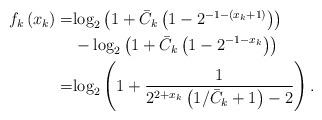
LaTeX: \begin{align*}\begin{aligned} {f_k}\left( {{x_k}} \right) = &{\log _2}\left({{1 + {{\bar C}_k}\left( {1 - {2^{ - 1 - \left( {{x_k} + 1} \right)}}} \right)}}\right) \\ &- {\log _2}\left({{1 + {{\bar C}_k}\left( {1 - {2^{ - 1 - {x_k}}}} \right)}}\right)\\ = &{\log _2}\left( {1 + \frac{1}{{{2^{2 + {x_k}}}\left( {1/{{\bar C}_k} + 1} \right) - 2}}} \right).\end{aligned}\end{align*}